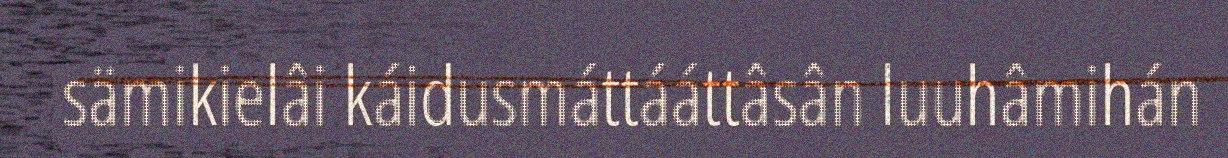
sämikielâi káidusmáttááttâsân luuhâmihán